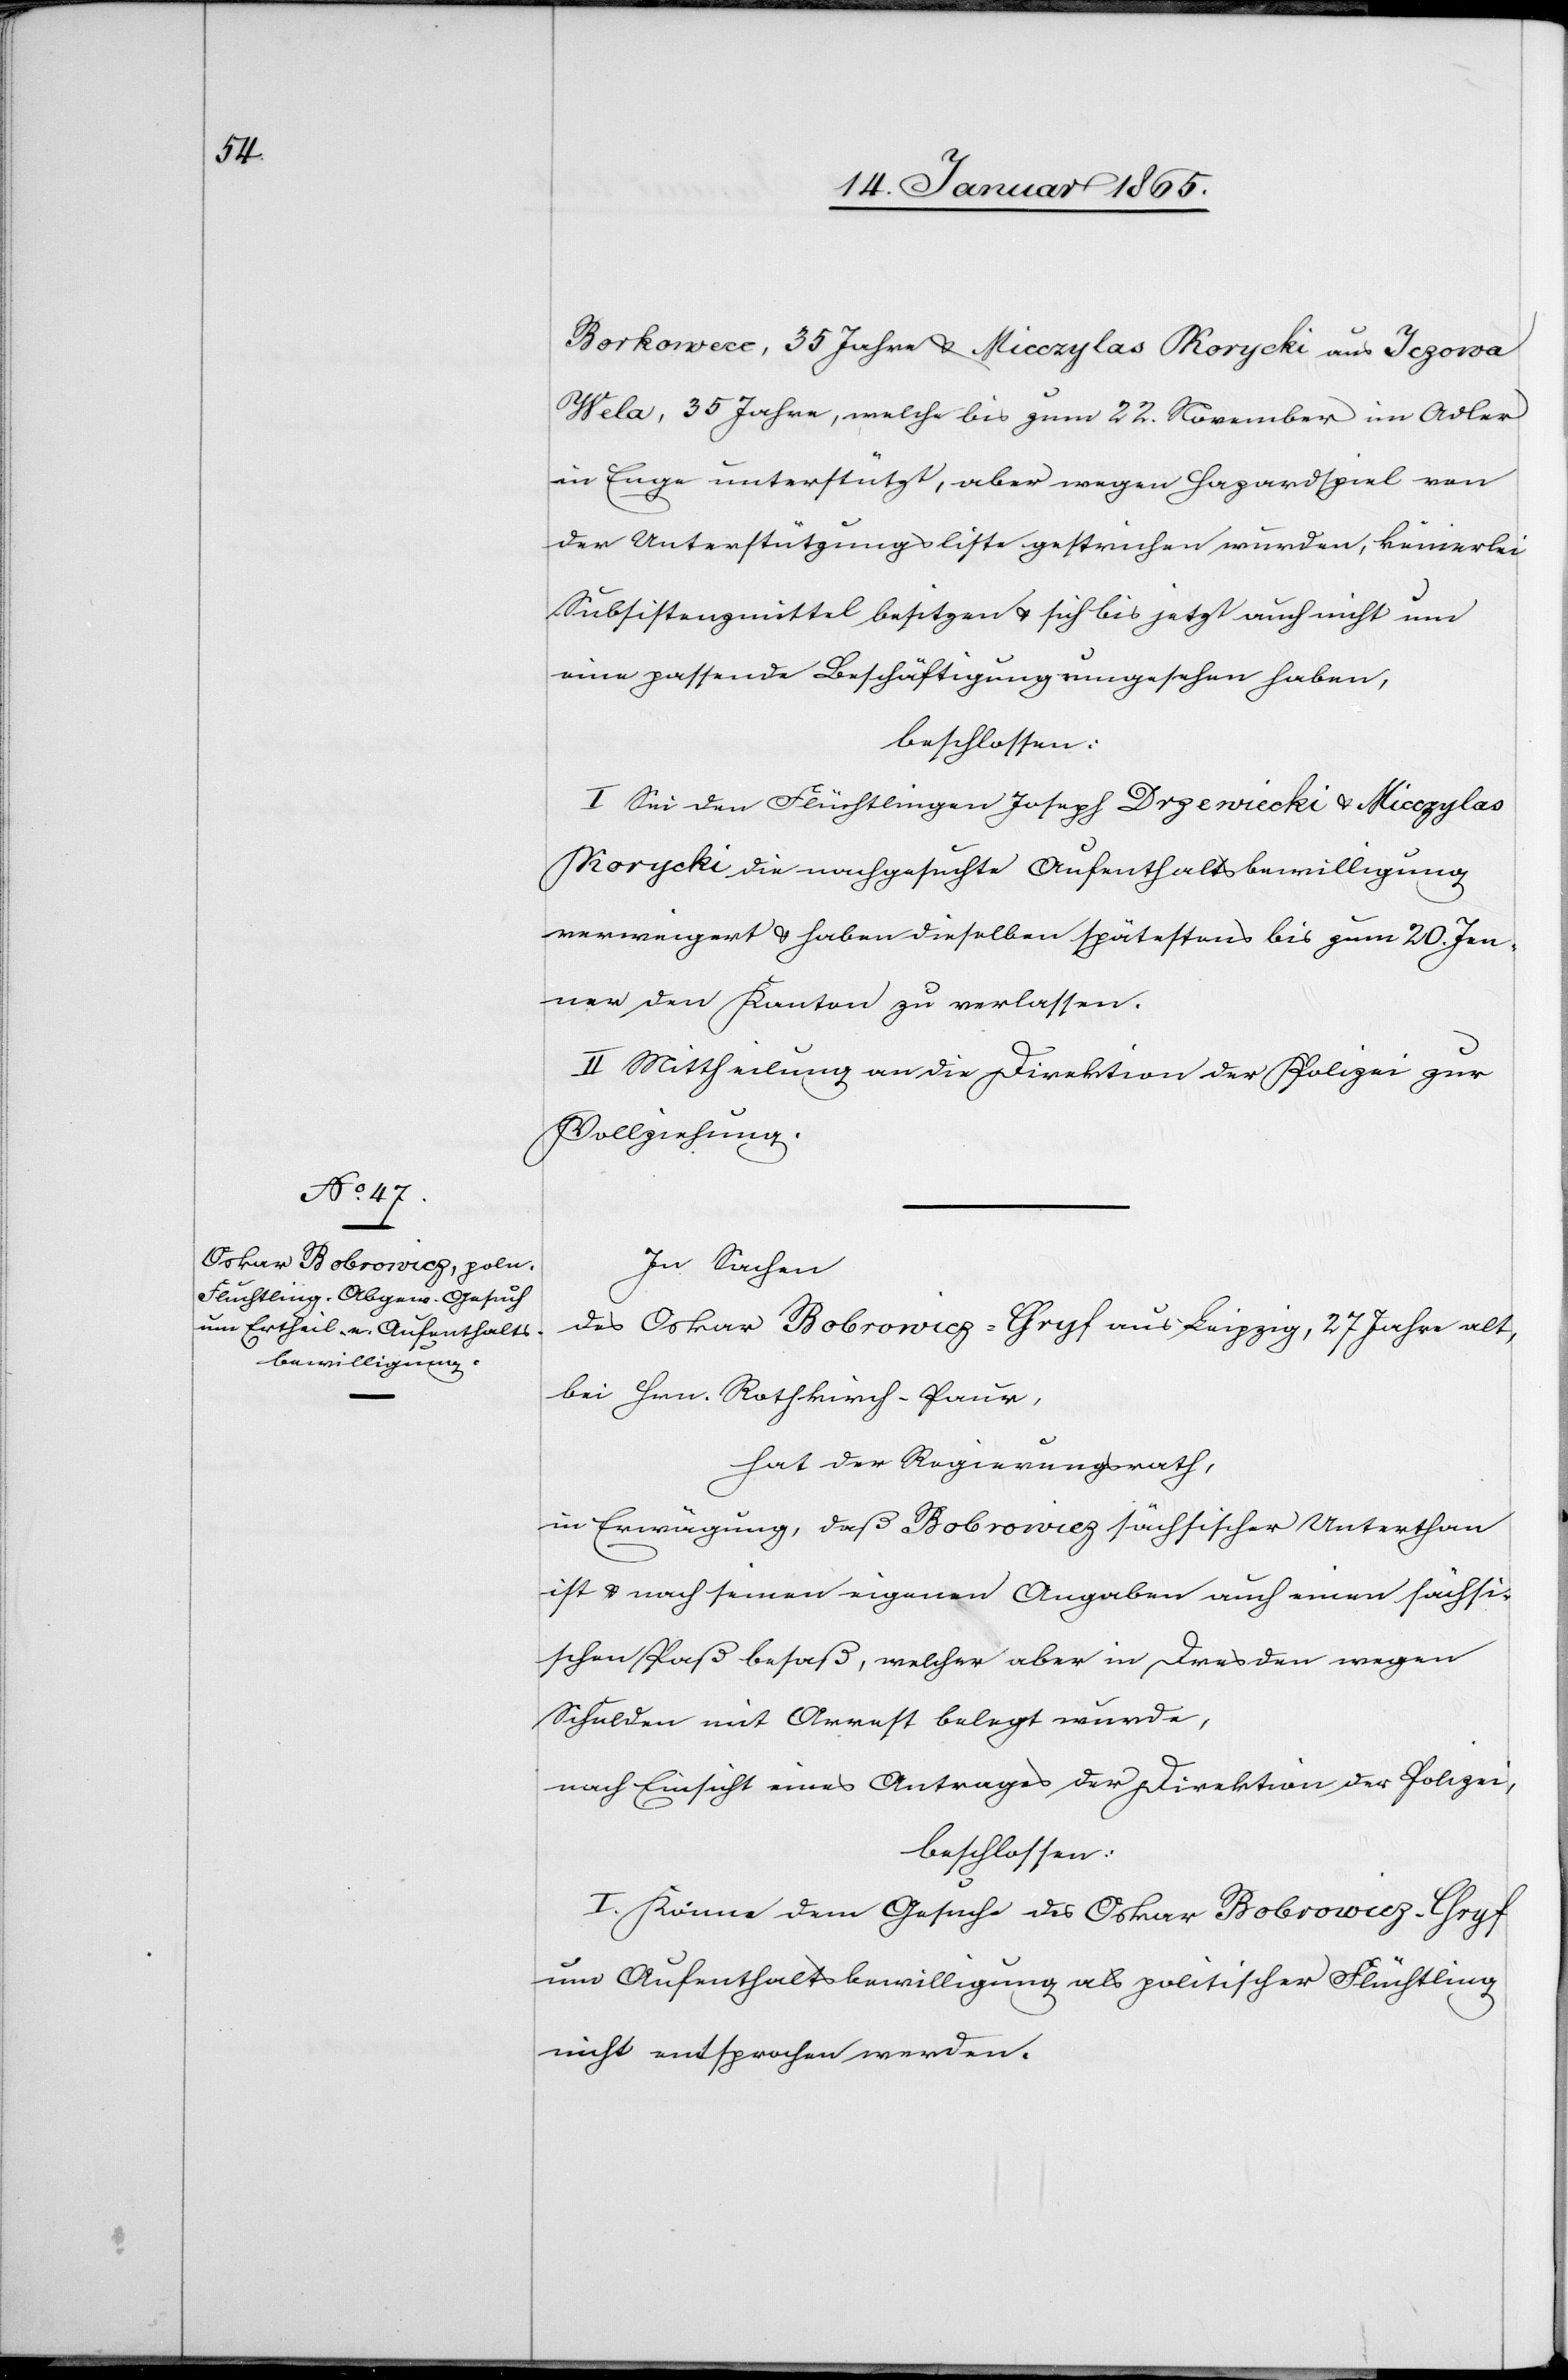
Borkowecc, 35 Jahre u. Micczylas Korycki aus Jczowa
Wela, 35 Jahre, welche bis zum 22. November im Adler
in Enge unterstütz, aber wegen Hazardspiel von
der Unterstützungsliste gestrichen wurden, keinerlei
Subsistenzmittel besitzen u. sich bis jetzt auch nicht um
eine passende Beschäftigung umgesehen haben,
beschlossen:
I. Sei den Flüchtlingen Joseph Drzewiecki u. Micczylas
Korycki die nachgesuchte Aufenthaltsbewilligung
verweigert u. haben dieselben spätestens bis zum 20. Jen¬
ner den Kanton zu verlassen.
II Mittheilung an die Direktion der Polizei zur
Vollziehung.
In Sachen
des Oskar Bobrowicz-Chryf aus Leipzig, 27 Jahre alt,
bei Hrn. Rothkirch-Paur,
hat der Regierungsrath,
in Erwägung, daß Bobrowicz sächsischer Unterthan
ist u. nach seinen eigenen Angaben auch einen sächsi¬
schen Paß besaß, welcher aber in Dresden wegen
Schulden mit Arrest belegt wurde,
nach Einsicht eines Antrages der Direktion der Polizei,
beschlossen:
I. Könne dem Gesuche des Oskar Bobrowicz-Chryf
um Aufenthaltsbewilligung als politischer Flüchtling
nicht entsprochen werden.